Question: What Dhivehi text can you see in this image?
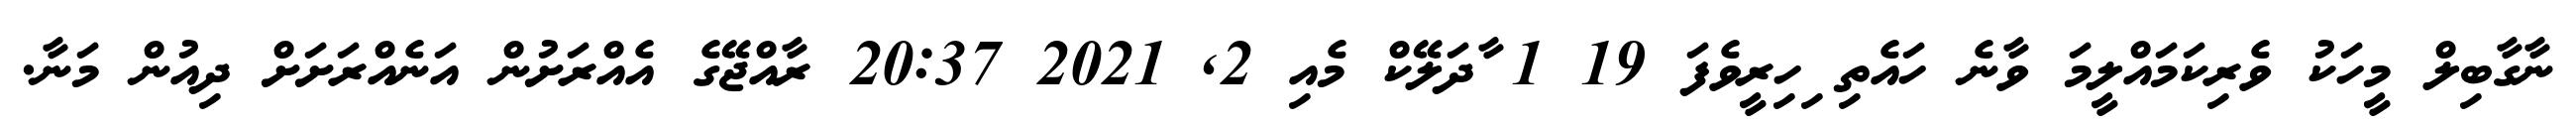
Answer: ނާގާބިލް މީހަކު ވެރިކަމައްލީމަ ވާނެ ހައެތި ިހިރީވެފަ 19 1 ާދަލޭކް މެއި 2, 2021 20:37 ރާއްޖޭގެ އެއްރަށުން އަނެއްރަށަށް ދިއުން މަނާ.